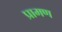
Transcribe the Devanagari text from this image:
प्रामण